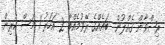
ރިޟްވާން ގެއްލުން  ބައެއްގެ ރޭވުމެއްބާ 2 އަހަރު 1 މަސް ކުރިން.